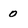
Character: 0